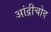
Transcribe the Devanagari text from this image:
आंद्रीचोव